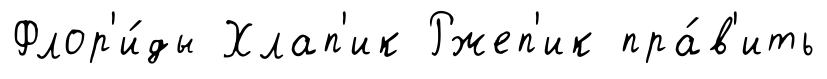
Флор'и́ды Хлап'ик Ржеп'ик пра́в'ить